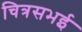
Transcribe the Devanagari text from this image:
चित्रसभई